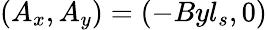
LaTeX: (A_{x},A_{y})=(-Byl_{s},0)